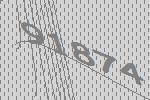
91874